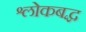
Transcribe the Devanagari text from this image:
श्लाेकबद्ध